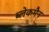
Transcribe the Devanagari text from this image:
ब्लेकमैन